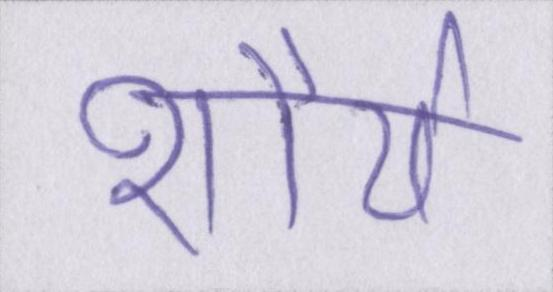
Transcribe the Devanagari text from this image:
शौर्य